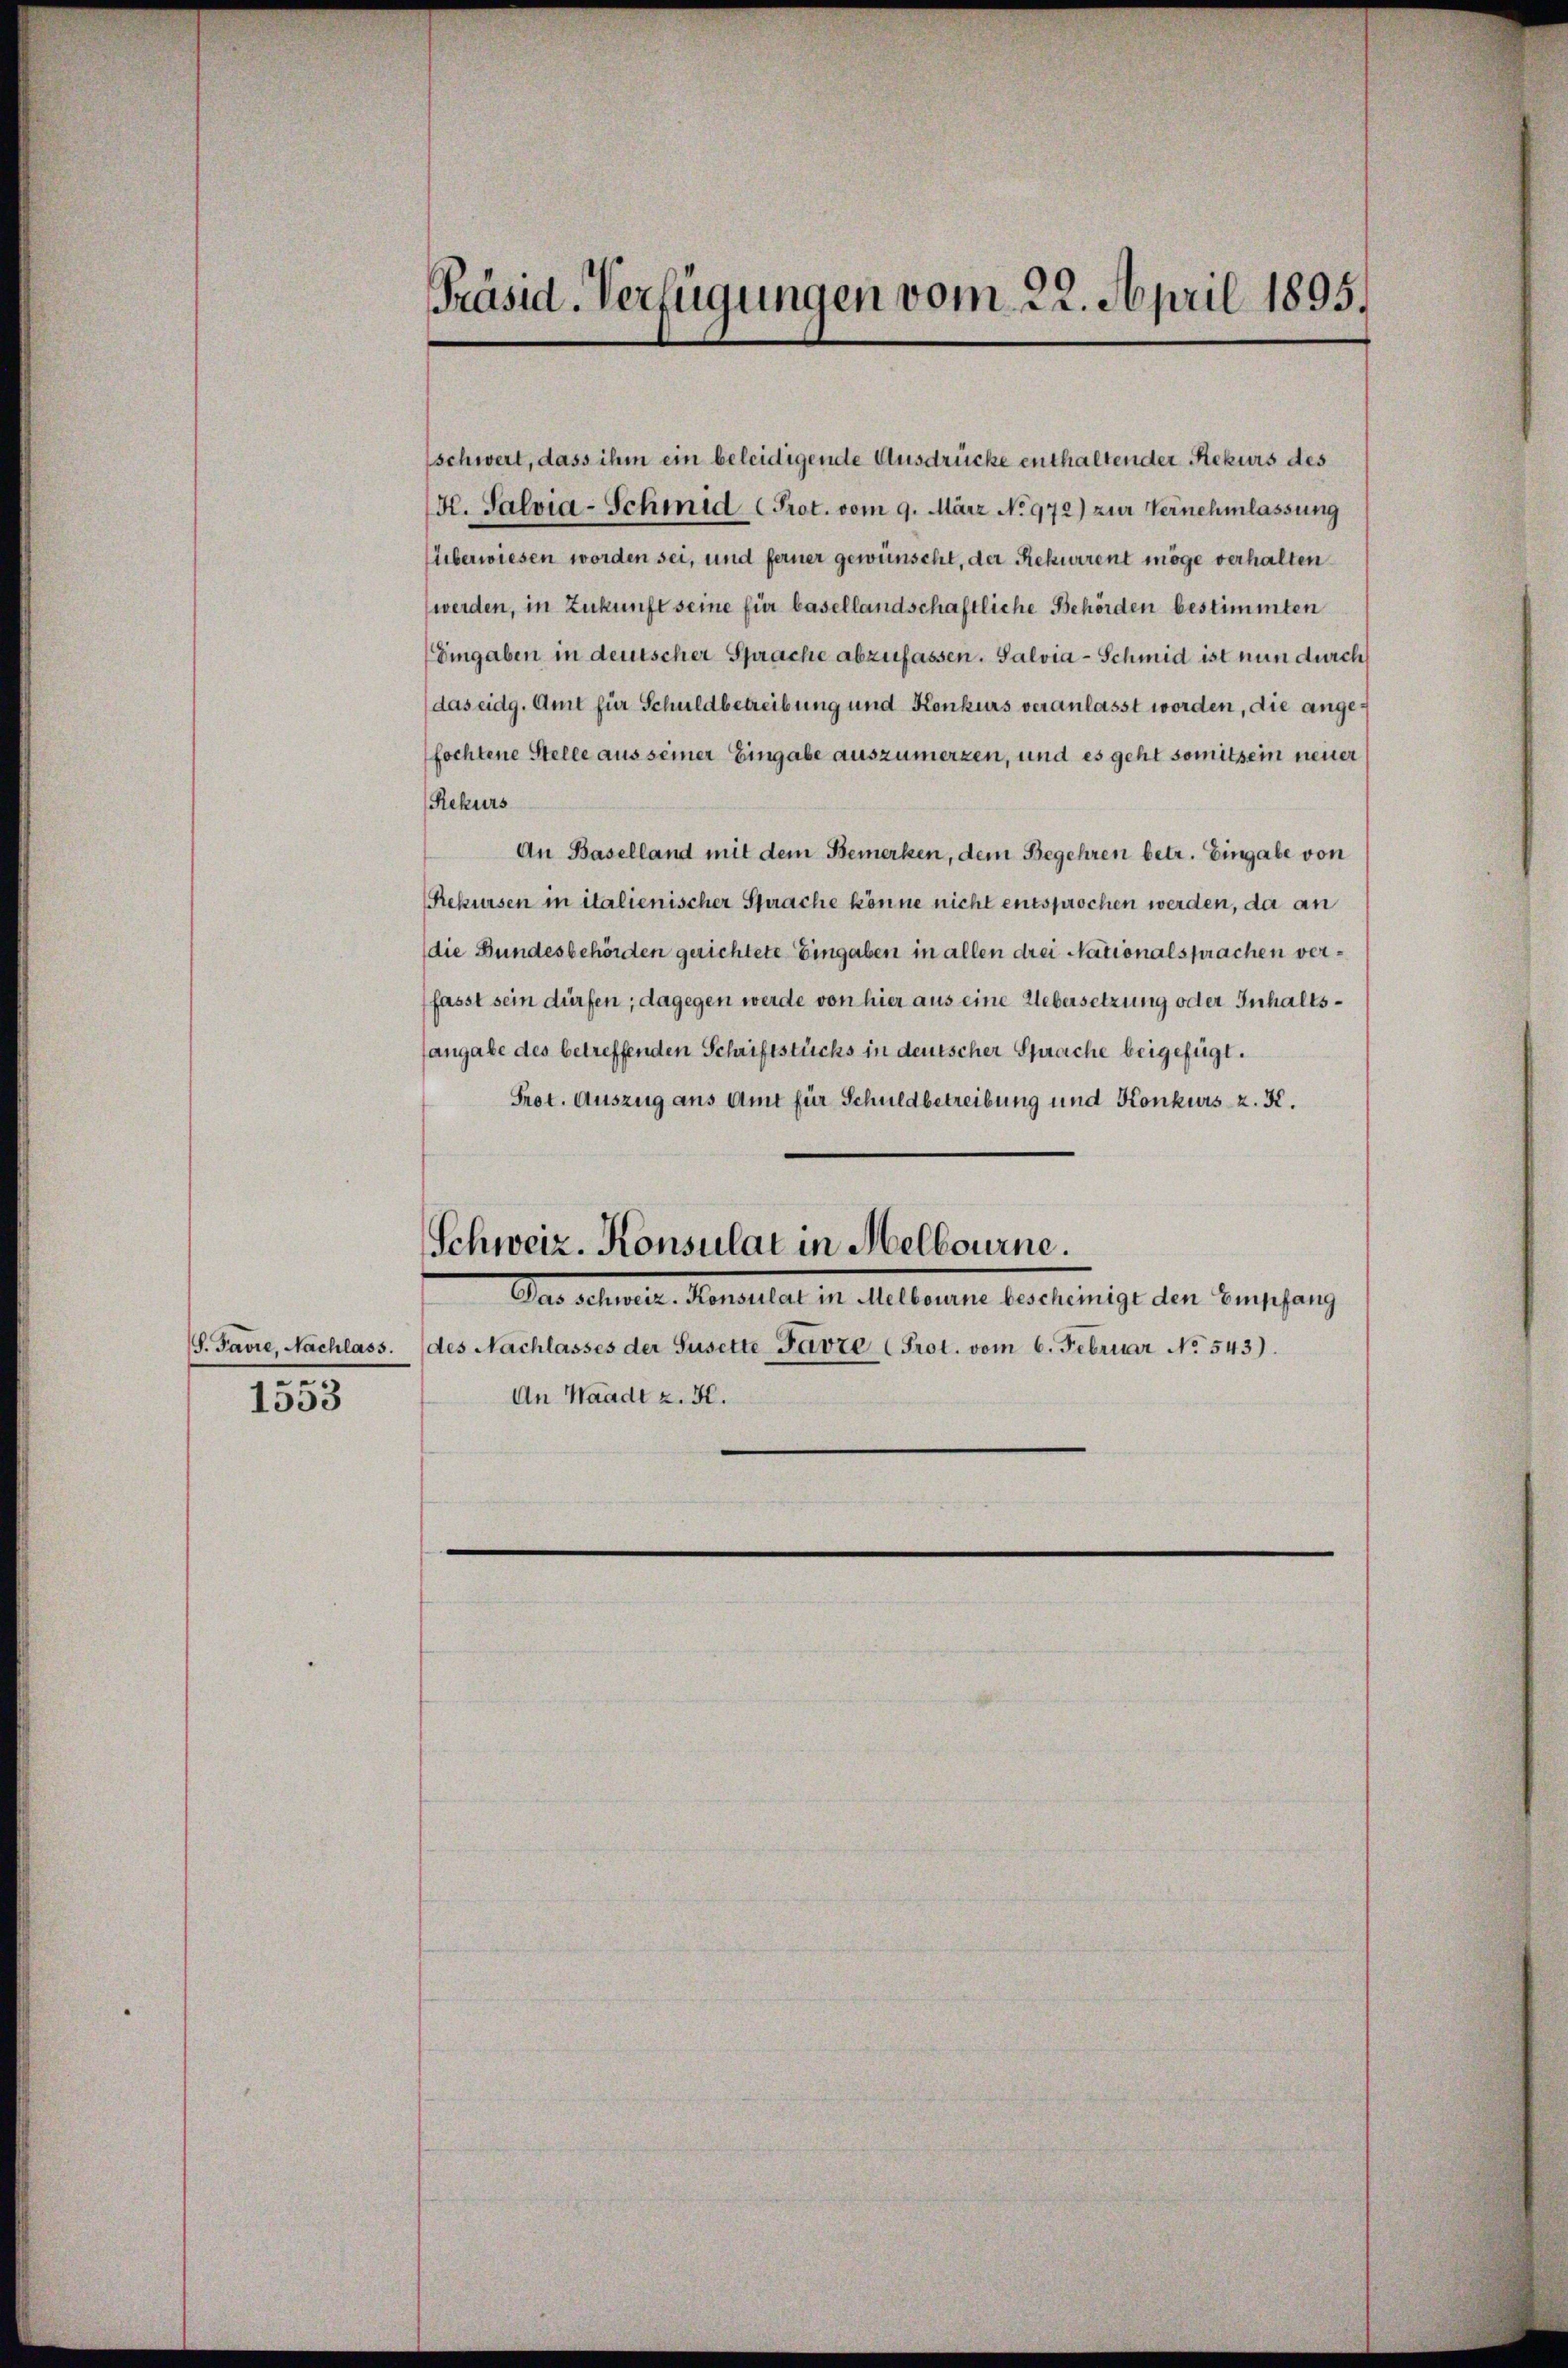
S. Favre, Nachlass.
1553

Präsid. Verfügungen vom 22. April 1895.

schwert, dass ihm ein beleidigende Ausdrücke enthaltender Rekurs des
K. Salvia-Schmid Prot. vom 9. März No 972) zur Vernehmlassung
überwiesen worden sei, und ferner gewünscht, der Rekurrent möge verhalten
werden, in Zukunft seine für basellandschaftliche Behörden bestimmten
Eingaben in deutscher Sprache abzufassen. Salvia-Schmid ist nun durch
das eidg. Amt für Schuldbetreibung und Konkurs veranlasst worden, die angefochtene Stelle aus seiner Eingabe auszumerken, und es geht somitsein neuer
Rekurs
An Baselland mit dem Bemerken, dem Begehren betr. Eingabe von
Rekursen in italienischer Sprache könne nicht entsprochen werden, da an
die Bundesbehörden gerichtete Eingaben in allen drei Nationalsprachen verfasst sein dürfen; dagegen werde von hier aus eine Uebersetzung oder Inhaltssangabe des betreffenden Schriftstücks in deutscher Sprache beigefügt.
Prot. Auszug aus Amt für Schuldbetreibung und Konkurs z. K.
Schweiz. Konsulat in Melbourne.
Das Mater Konsultat in Alterner bereinige den Empfang
des Nachlasses der Susette Favre (Prot. vom 6. Februar No. 543).
An Waadt z. K.